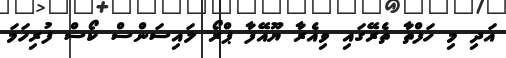
އަދި މި ހަފްތާ ތެރޭގައި ވިއެރާ ޔޫއޭފާ ޕްރޯ ލައިސަންސް ކޯސް ފުރިހަމަ